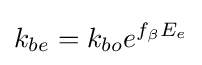
k_{be}=k_{bo}e^{f_{\beta }E_{e}}